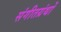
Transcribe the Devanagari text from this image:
संगीतग्रंथों